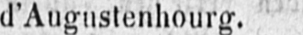
d’Augustenhourg.